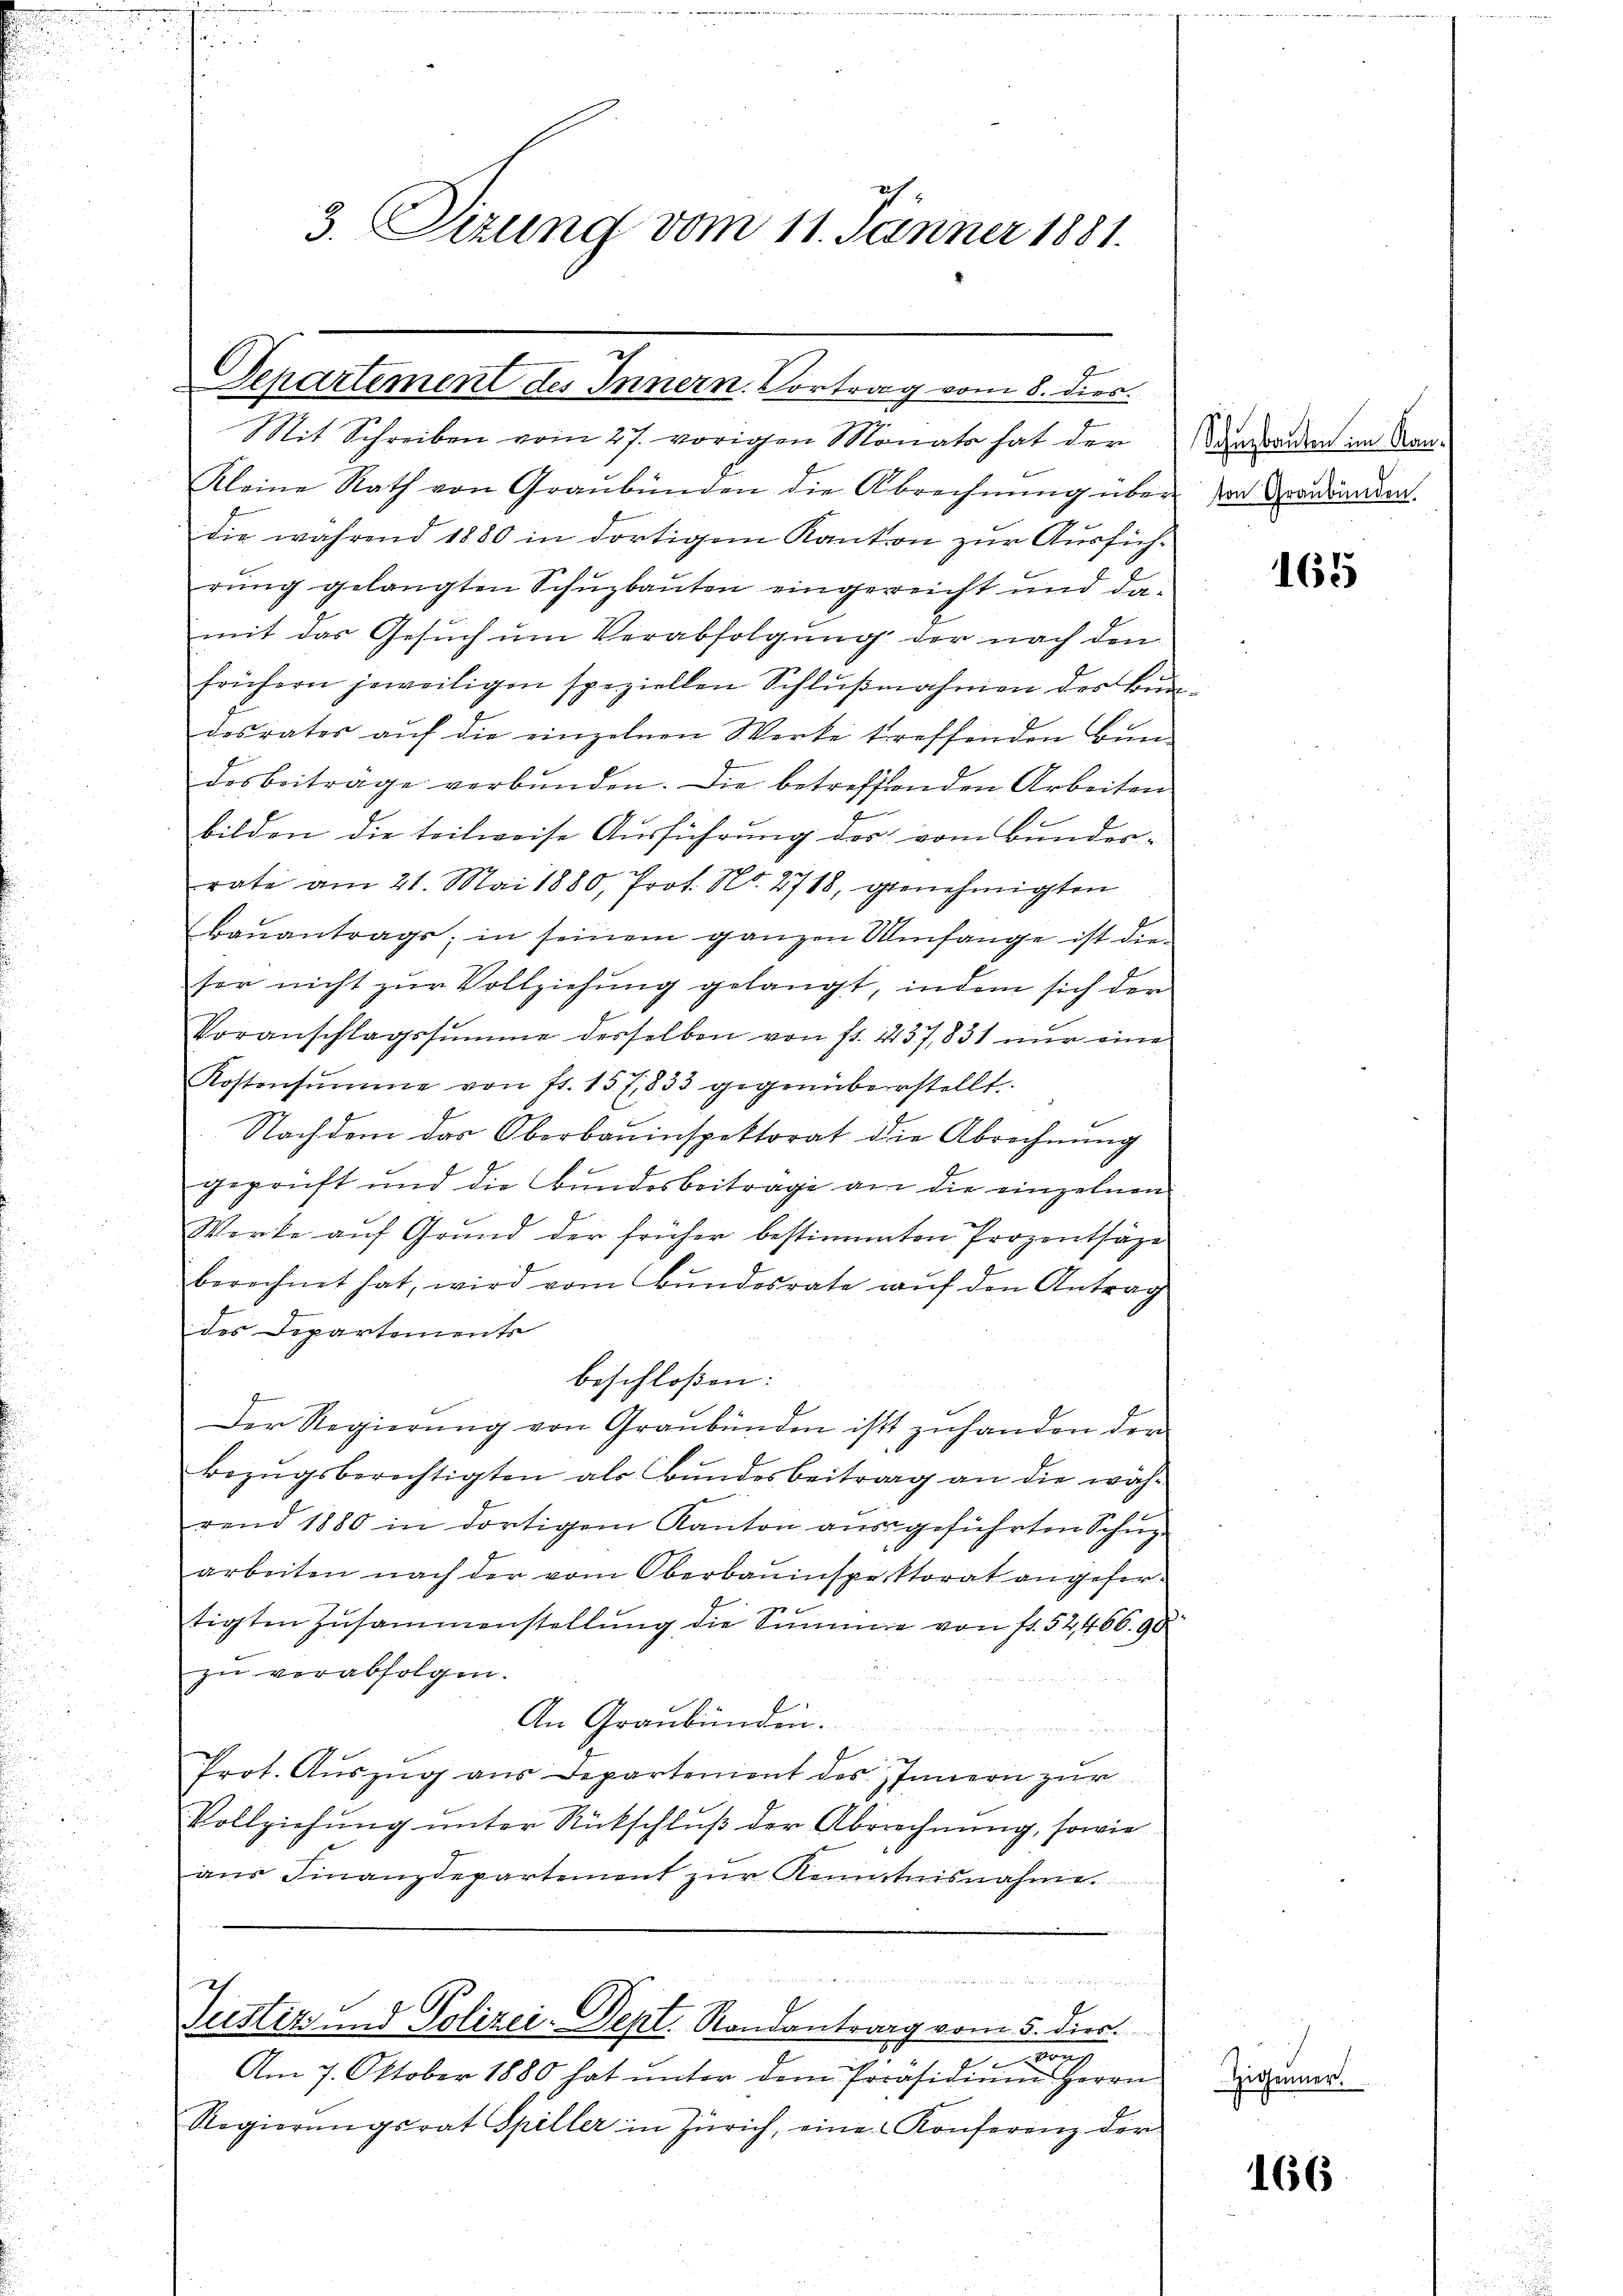
3. Sizung vom 11. Jänner 1881.

Separtement des Innern. Vortrag vom 8. dies
Mit Schreiben vom 27. vorigen Monats hat der

f
f
Justiz und Polizei-Dept. Randantrag vom 5. dies
.

Kleine Rath von Graubünden die Abrechnŭng über-
die während 1880 in dortigem Kanton zur Ausführung gelangten Schuzbauten eingereicht und da-
mit das Gesuch um Verabfolgung der nach den
frühern jeweiligen speziellen Schlŭβnahmen des Bun-
desrates aŭf die einzelnen Werke treffenden Bun-
dosbeitrage verbunden. Die betreffenden Arbeiten
bilden die teilweise Ausführung des vom Bundes-
rate am 21. Mai 1880, Prot. No. 2718, genehmigten
baŭantrags; in seinem ganzen Umfange ist die
ter nicht zur Vollziehung gelangt, indem sich der
Voranschlagssumme derselben von fl. 437,831 nur eine
Kostensumme von fr. 157,833 gegenüberstellt.
Nachdem das Oberbauinspektorat die Abrechnŭng
geprüft und die Bundesbeitrage an die einzelnen
Werke auf Grund der früher bestimmten Prozenthäge
berechnet hat, wird vom Bundesrate auf den Antrag
des Departements
beschloßen:
Der Regierŭng von Graubünden ist zŭ handen den
Bezugsberichtigten als Bundesbeitrag an die während 1880 in dortigem Kanton ausgeführten Schüz-
arbeiten nach der vom Oberbauinspektorat angefertigten Zusammenstellung die Summe von fr. 52466. 90
zu verabfolgen.
1
An Graubungen.
n
Prot. Auszug aus Departement des Innern zur
Vollziehung unter Rückschluß der Abrechnung, sowie
ans Finanzdepartement zŭr Kenntnisnahme.

Am 7. Oktober 1880 hat ŭnter dem Präsidiums Herrn
Regierŭngsrat Spiller in Zürich, eine Konferenz der

Schuzbauten im Kanton Graubünden.

165

Higenner.

166